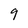
Character: 9